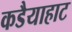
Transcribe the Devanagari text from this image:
कडैयाहाट